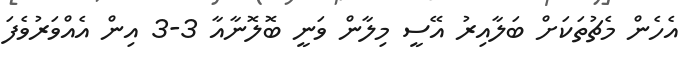
އެހެން މެޗުތަކަށް ބަލާއިރު އޭސީ މިލާން ވަނީ ބޮލޮނާއާ 3-3 އިން އެއްވަރުވެފަ